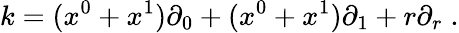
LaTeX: k=(x^{0}+x^{1})\partial_{0}+(x^{0}+x^{1})\partial_{1}+r\partial_{r}\; .